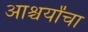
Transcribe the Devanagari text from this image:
आश्चर्यांचा